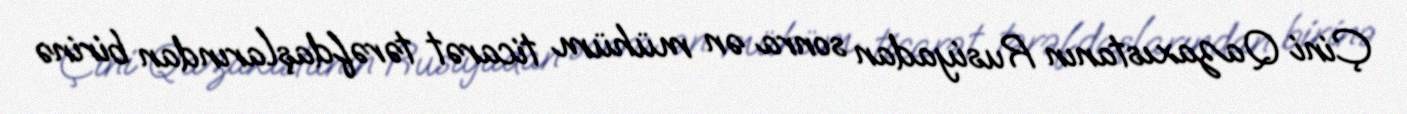
Çini Qazaxıstanın Rusiyadan sonra ən mühüm ticarət tərəfdaşlarından birinə